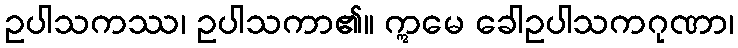
ဥပါသကဿ၊ ဥပါသကာ၏။ ဣမေ ခေါဥပါသကဂုဏာ၊